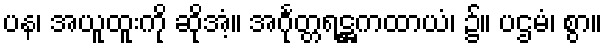
ပန၊ အယူထူးကို ဆိုအံ့။ အင်္ဂုတ္တရဋ္ဌကထာယံ၊ ၌။ ပဌမံ၊ စွာ။